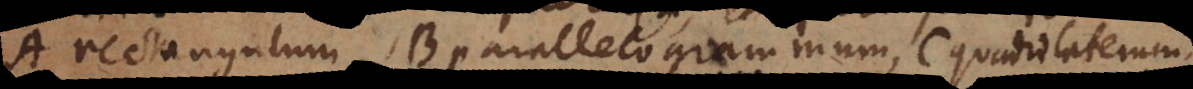
A rectangulum, B parallelogrammum, C quadrilaterum.